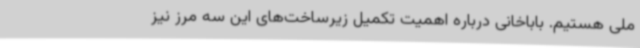
ملی هستیم. باباخانی درباره اهمیت تکمیل زیرساخت‌های این سه مرز نیز